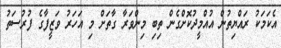
އެކަމަކު ރަައްޔިތުން އުއްމީދުކޮށްގެން ތިބި މިންވަރާ ގާތަށް މި އަހަރު ވަޒީފާގެ ފުރުސަތު